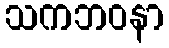
သကဘဝနာ